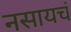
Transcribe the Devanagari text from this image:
नसायचं